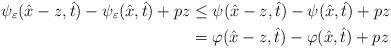
LaTeX: \begin{align*}\psi_\varepsilon(\hat{x}-z,\hat{t})-\psi_\varepsilon(\hat{x},\hat{t})+pz&\le\psi(\hat{x}-z,\hat{t})-\psi(\hat{x},\hat{t})+pz\\&=\varphi(\hat{x}-z,\hat{t})-\varphi(\hat{x},\hat{t})+pz\end{align*}